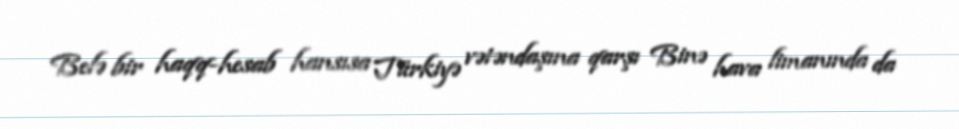
Belə bir haqq-hesab hansısa Türkiyə vətəndaşına qarşı Binə hava limanında da